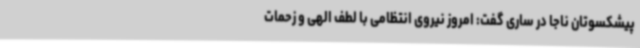
پیشکسوتان ناجا در ساری گفت: امروز نیروی انتظامی با لطف الهی و زحمات